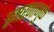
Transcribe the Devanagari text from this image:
स्‍मरणामुळे